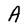
Character: A